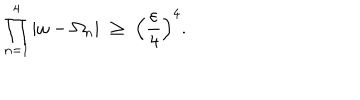
\prod _ { n = 1 } ^ { 4 } | \omega - \Omega _ { n } | \; \geq \; \left( \frac { \varepsilon } { 4 } \right) ^ { 4 } .